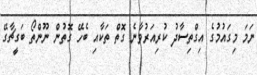
ނަމަ މިގައުމުގެ އިގްތިސާދު ކުރިއަރުވާނެ ގޮތް ތަކާއި ބެހޭ ގޮތުން ނޫންތޯ ބަގީޗާގޭ